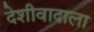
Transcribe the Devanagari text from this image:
देशीवादाला